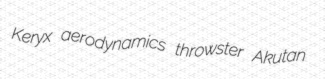
Keryx aerodynamics throwster Akutan